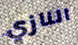
النازي